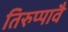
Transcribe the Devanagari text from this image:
तिरुप्पावै